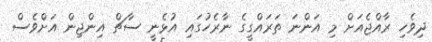
ދިވެހި ރާއްޖެއަށް މި އަންނަ ތަރައްގީގެ ނާރެހުގައި އުޅެނީ ސާޗް އިންޖިން އަށްވެސް